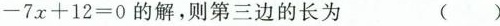
- 7 x + 1 2 = 0$$的解，则第三边的长为 （）